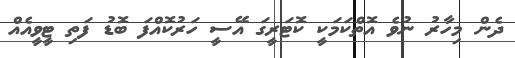
ދެން މިހާރު ނުވެ އޮތްކަމަކީ ކޮޓަރީގަ އޭސީ ހަރުކޮއްފަ ބޮޑު ފަތި ޓީވީއެއް